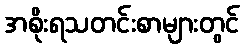
အစိုးရသတင်းစာများတွင်